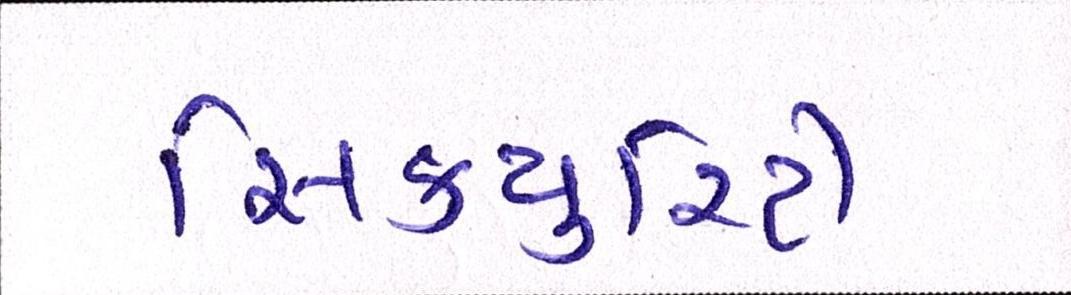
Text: સિકયુરિટી